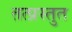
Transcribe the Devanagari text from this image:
तत्प्रस्तुत